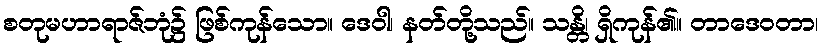
စတုမဟာရာဇ်ဘုံ၌ ဖြစ်ကုန်သော။ ဒေဝါ၊ နတ်တို့သည်။ သန္တိ၊ ရှိကုန်၏။ တာဒေဝတာ၊